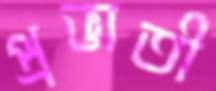
প্রভাতী